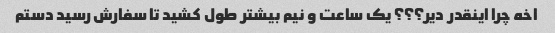
اخه چرا اینقدر دیر؟؟؟ یک ساعت و نیم بیشتر طول کشید تا سفارش رسید دستم